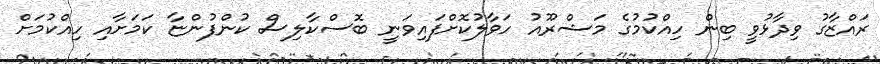
ރައްޒާގު ވިދާޅުވީ ބިން ހިއްކުމުގެ މަޝްރޫއު ހަވާލުކޮށްފައިވަނީ ބޮސްކާލިސް ކުންފުންޏާ ކަމަށާއި ހިއްކުމަށް